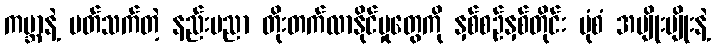
ကမ္ဘာနဲ့ ပတ်သက်တဲ့ နည်းပညာ တိုးတက်လာနိုင်မှုတွေကို နှစ်စဉ်နှစ်တိုင်း ပုံစံ အမျိုးမျိုးနဲ့